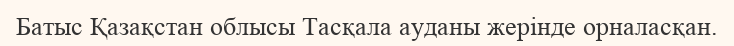
Батыс Қазақстан облысы Тасқала ауданы жерінде орналасқан.